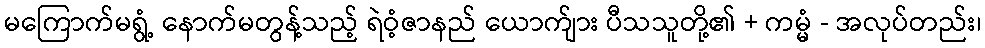
မကြောက်မရွံ့ နောက်မတွန့်သည့် ရဲဝံ့ဇာနည် ယောက်ျား ပီသသူတို့၏ + ကမ္မံ - အလုပ်တည်း၊